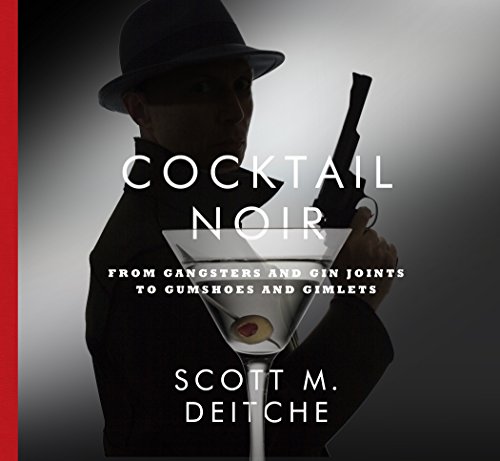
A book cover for Cocktail Noir: From Gangsters and Gin Joints to Gumshoes and Gimlets; Scott Deitche; Mystery, Thriller & Suspense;